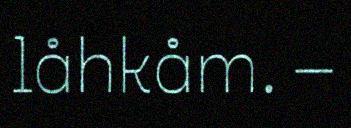
låhkåm. –